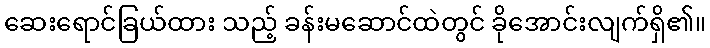
ဆေးရောင်ခြယ်ထား သည့် ခန်းမဆောင်ထဲတွင် ခိုအောင်းလျက်ရှိ၏။